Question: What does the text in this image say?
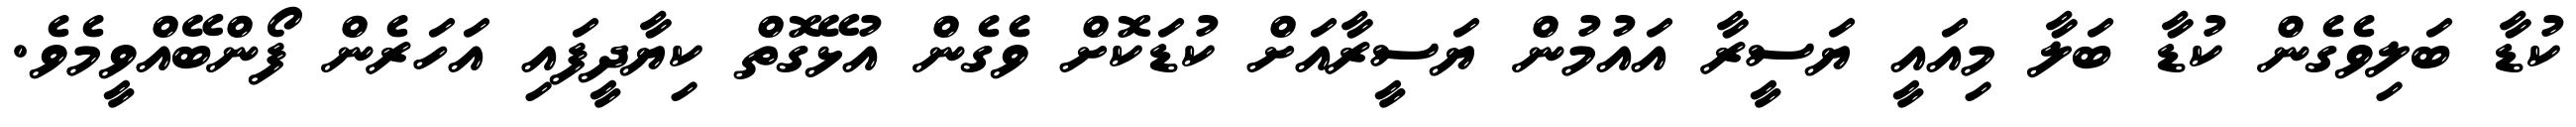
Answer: ކުޑާ ބަލިވެގެން ކުޑާ ބަލާ މިއައީ ޔަސީރާ އައުމުން ޔަސީރާއަށް ކުޑަކޮށް ވެގެން އުޅޭގޮތް ކިޔާދީފައި އަހަރެން ފޯންބޭއްވީމެވެ.